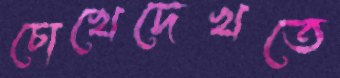
চোখেদেখতে